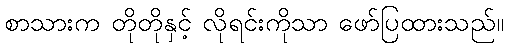
စာသားက တိုတိုနှင့် လိုရင်းကိုသာ ဖော်ပြထားသည်။